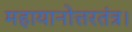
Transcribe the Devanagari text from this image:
महायानोत्तरतंत्र।